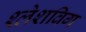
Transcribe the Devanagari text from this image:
श्लेशविग